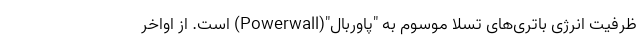
ظرفیت انرژی باتری‌های تسلا موسوم به "پاوربال"(Powerwall) است. از اواخر